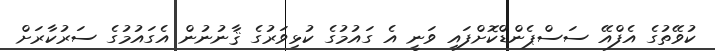
ކުވޭތުގެ އެފްއޭ ސަސްޕެންޑްކޮށްފައި ވަނީ އެ ގައުމުގެ ކުޅިވަރުގެ ޤާނުނުން އެގައުމުގެ ސަރުކާރަށް